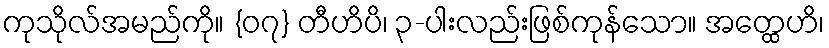
ကုသိုလ်အမည်ကို။ {၀၇} တီဟိပိ၊ ၃-ပါးလည်းဖြစ်ကုန်သော။ အတ္ထေဟိ၊